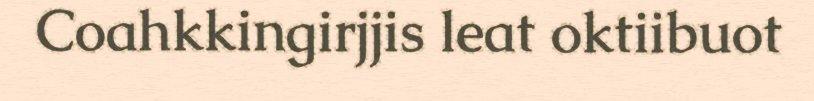
Coahkkingirjjis leat oktiibuot